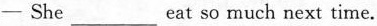
-She ___ eat so much next time.